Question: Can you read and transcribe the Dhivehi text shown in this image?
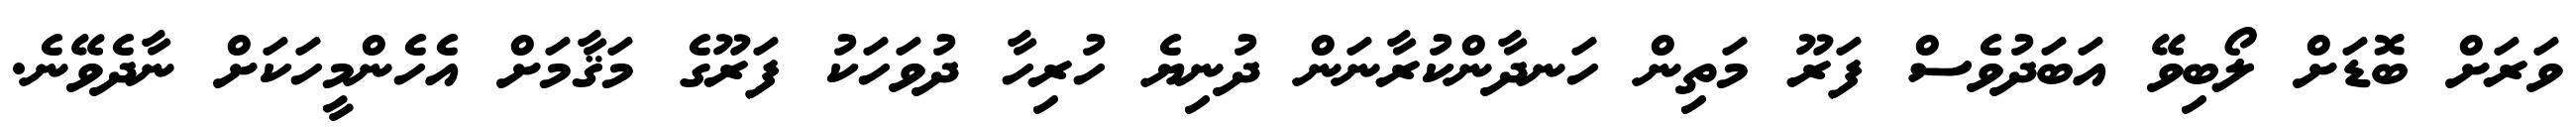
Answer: ވަރަށް ބޮޑަށް ލޯބިވޭ އަބަދުވެސް ފަރޫ މަތިން ހަނދާންކުރާނަން ދުނިޔެ ހުރިހާ ދުވަހަކު ފަރޫގެ މަޤާމަށް އެހެންމީހަކަށް ނާދެވޭނެ.